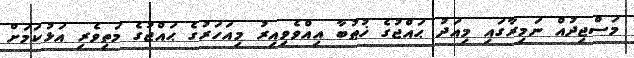
މަސްޖިދުއް ނަމިރާގައި މިއަދު ޙައްޖުގެ ޚުޠުބާ އިއްވެވިއިރު މިއަހަރުގެ ޙައްޖުގެ މަތިވެރި އަޅުކަމަށް